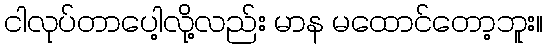
ငါလုပ်တာပေါ့လို့လည်း မာန မထောင်တော့ဘူး။